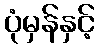
ပုံမှန်နှင့်